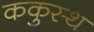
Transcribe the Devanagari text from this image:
ककुस्थ